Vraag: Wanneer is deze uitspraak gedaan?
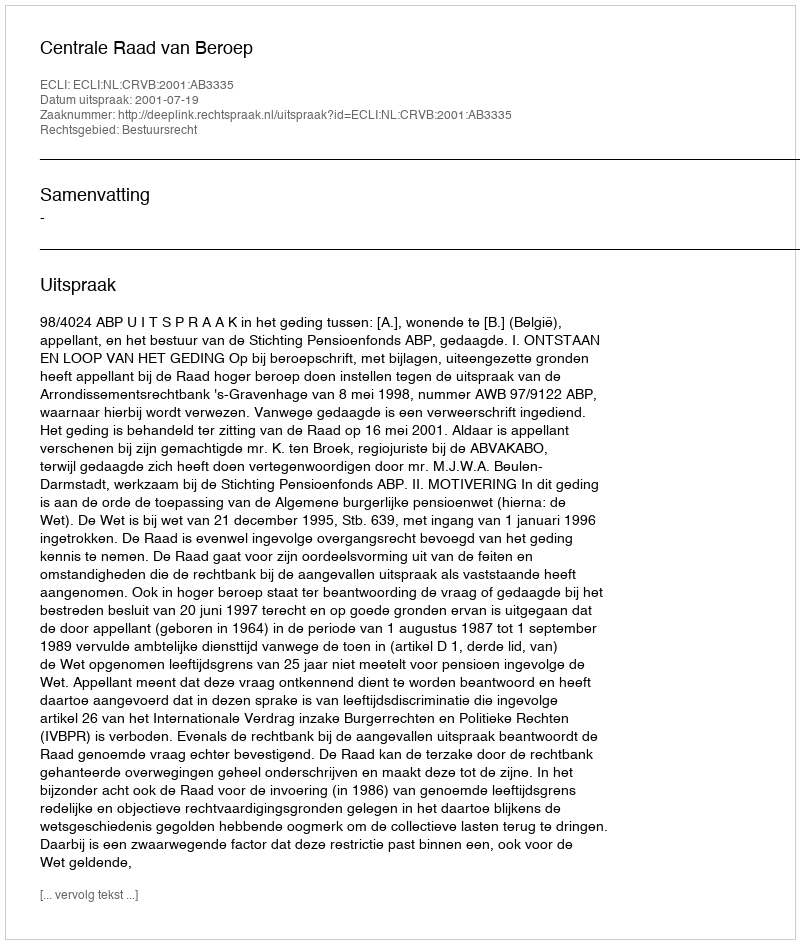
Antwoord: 2001-07-19